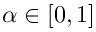
\alpha \in [ 0 , 1 ]